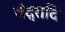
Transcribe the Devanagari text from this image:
चंद्रादि